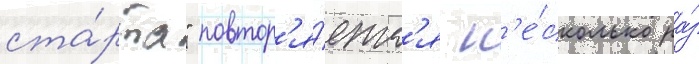
ста́рта" повтор'я́етс'я н'е́сколько ра́з